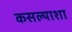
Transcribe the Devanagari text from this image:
कसल्याशा